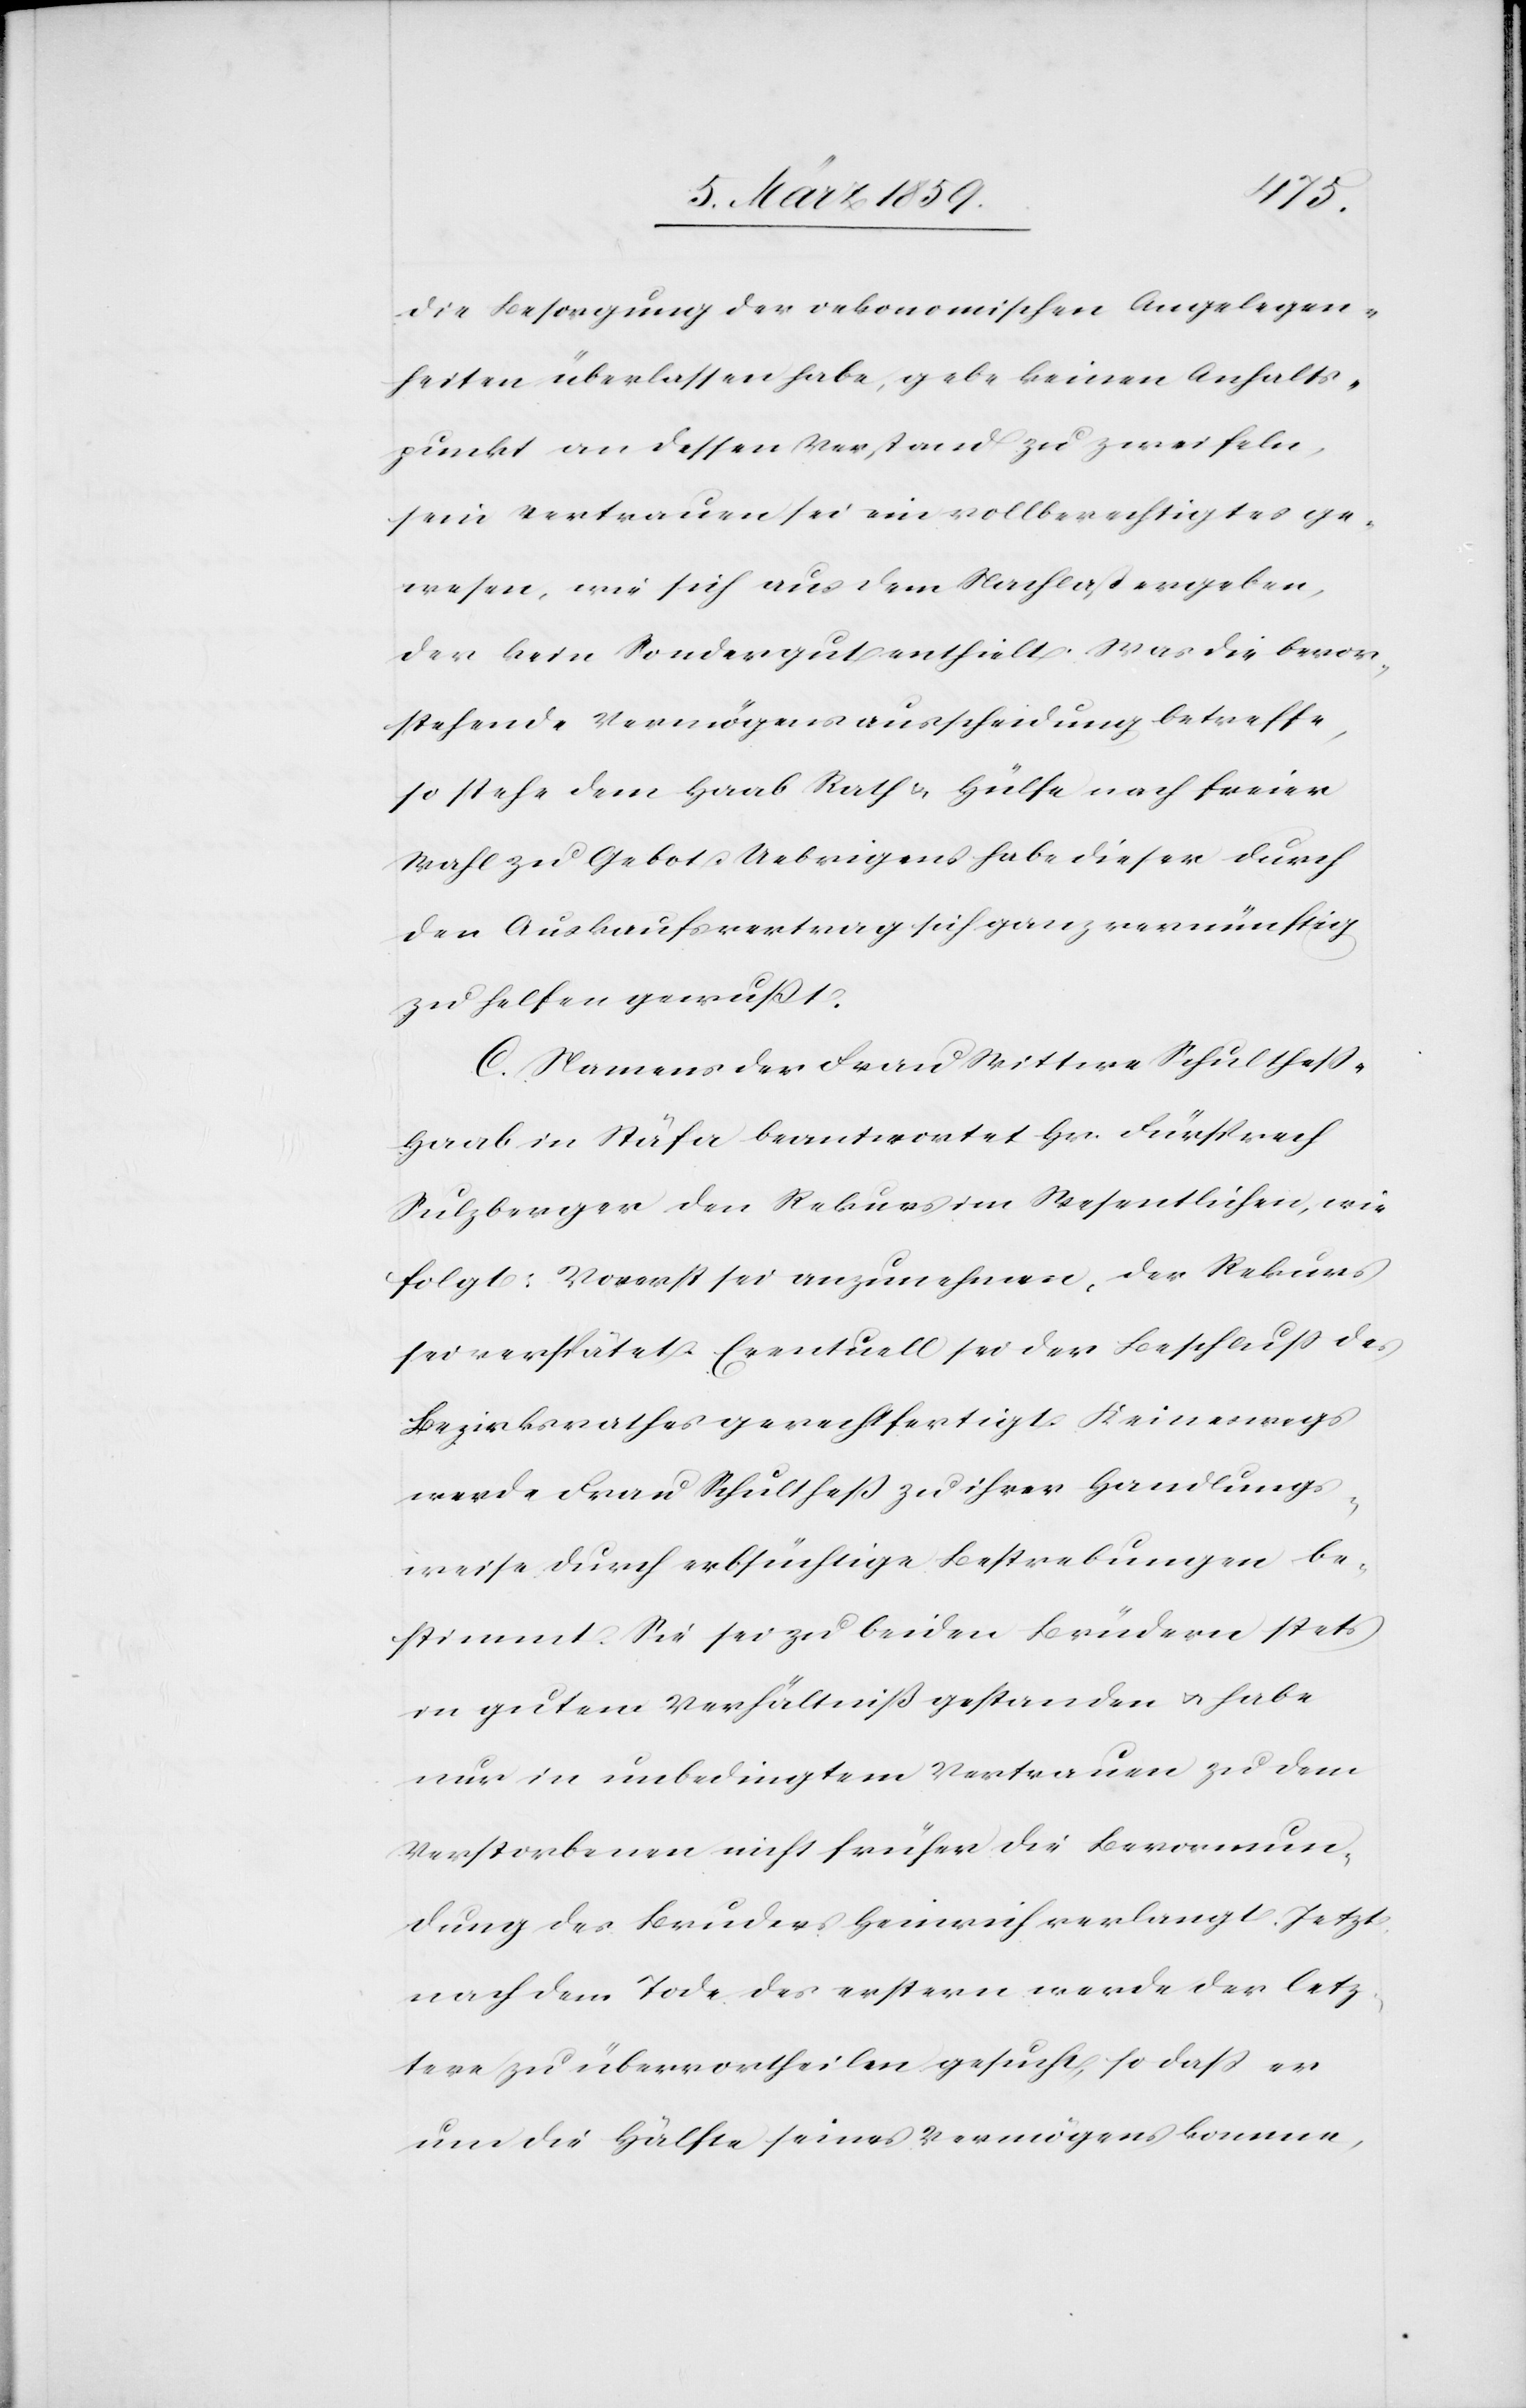
die Besorgung der oekonomischen Angelegen¬
heiten überlassen habe, gebe keinen Anhalts¬
punkt an dessen Verstand zu zweifeln,
sein Vertrauen sei ein vollberechtigtes ge¬
wesen, wie sich aus dem Nachlaß ergeben,
der kein Sondergut enthielt. Was die bevor¬
stehende Vermögensausscheidung betreffe,
so stehe dem Haab Rath u. Hülfe nach freier
Wahl zu Gebot. Uebrigens habe dieser durch
den Auskaufsvertrag sich ganz vernünftig
zu helfen gewußt.
C. Namens der Frau Wittwe Schultheß-H¬
aab in Stäfa beantwortet Hr. Fürsprech
Sulzberger den Rekurs im Wesentlichen, wie
folgt: Vorerst sei anzunehmen, der Rekurs
sei verspätet. Eventuell sei der Beschluß des
Bezirksrathes gerechtfertigt. Keineswegs
werde Frau Schultheß zu ihrer Handlungs¬
weise durch erbsüchtige Bestrebungen be¬
stimmt. Sie sei zu beiden Brüdern stets
in gutem Verhältniß gestanden u. habe
nur in unbedingtem Vertrauen zu dem
Verstorbenen nicht früher die Bevormun¬
dung des Bruders Heinrich verlangt. Jetzt,
nach dem Tode des erstern werde der letz¬
tere zu übervortheilen gesucht, so daß er
um die Hälfte seines Vermögens komme,